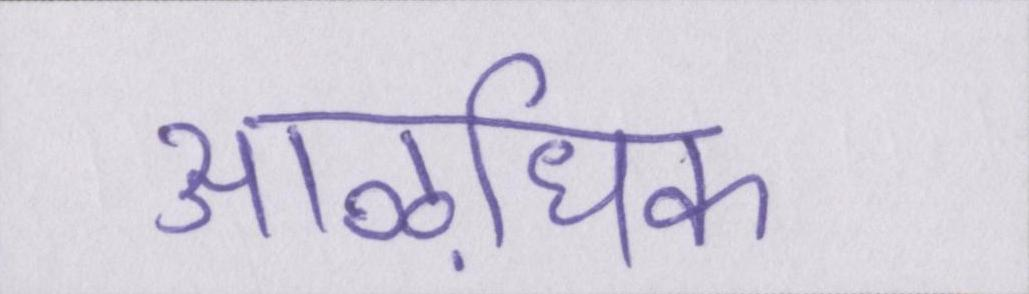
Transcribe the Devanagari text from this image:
आऴधिक